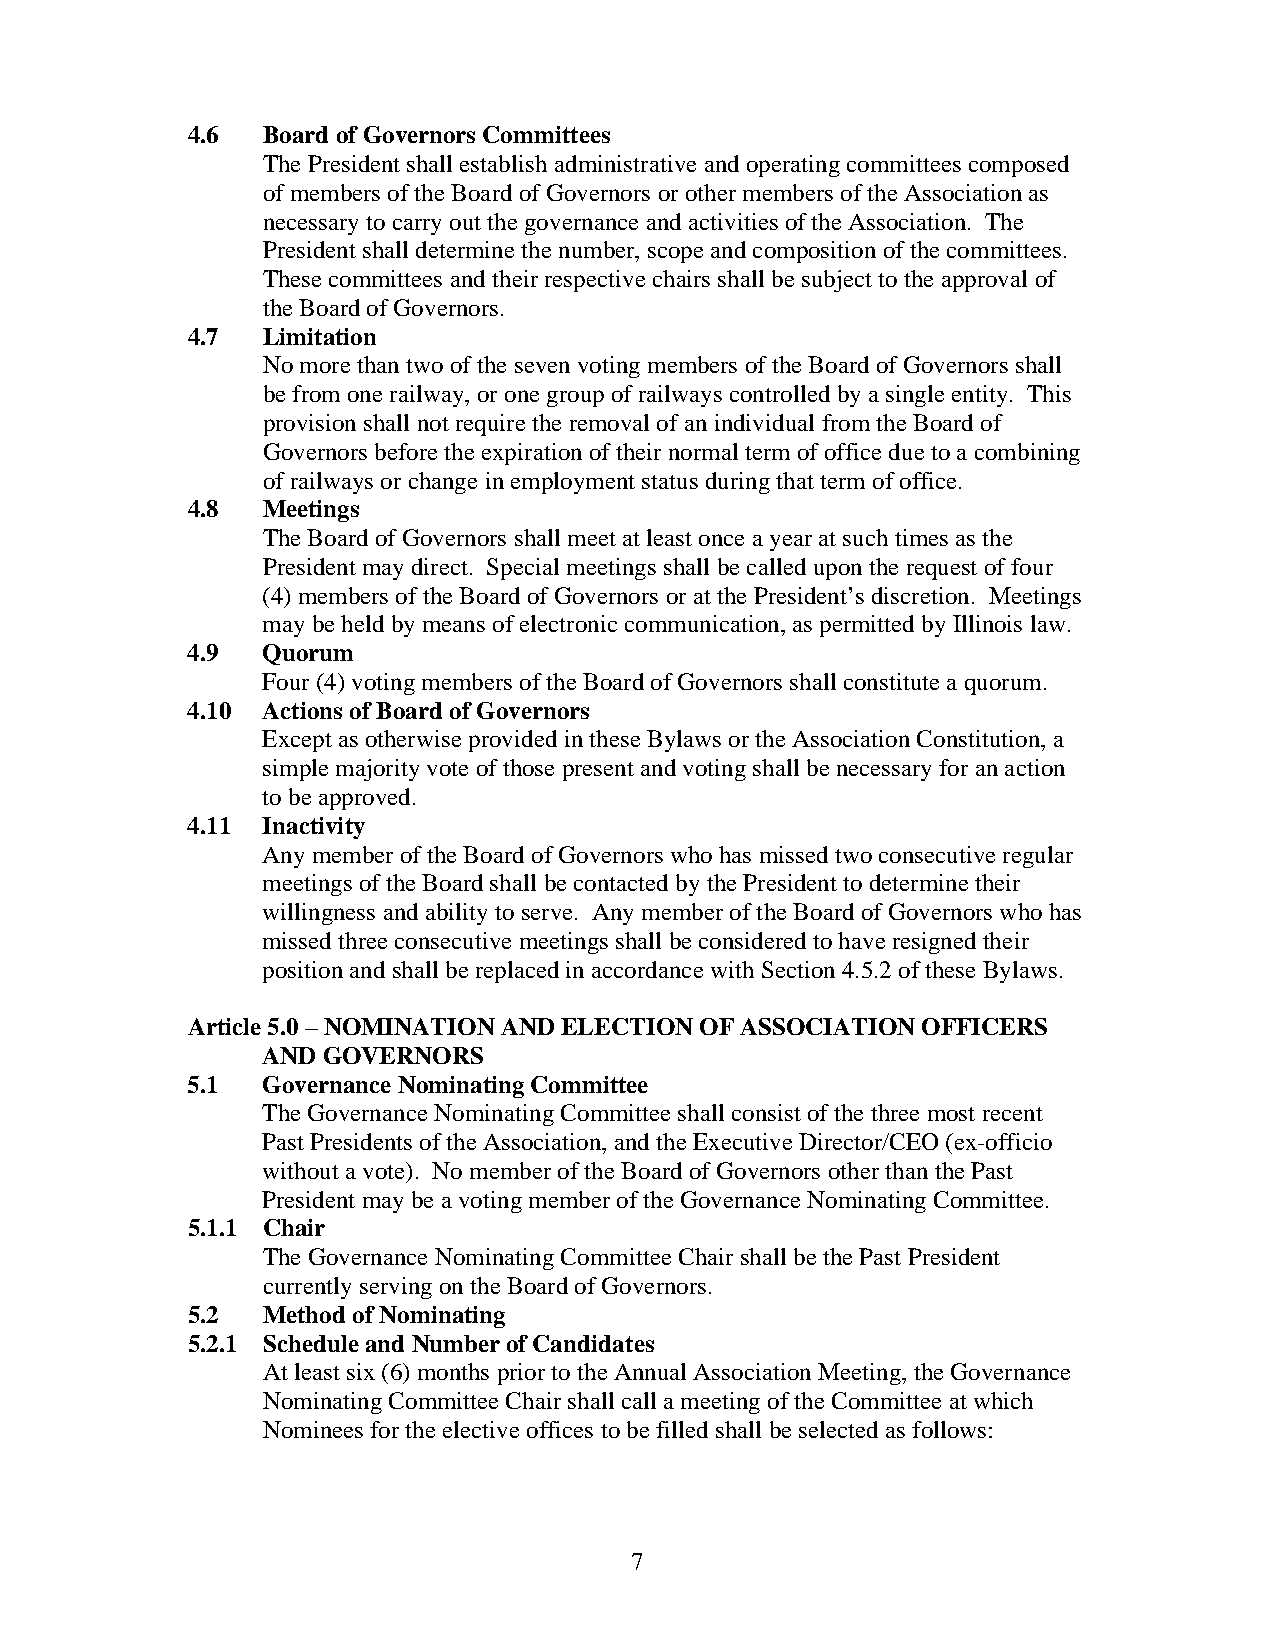
4.6  Board of Governors Committees
 The President shall establish administrative and operating committees composed
 of members of the Board of Governors or other members of the Association as
 necessary to carry out the governance and activities of the Association. The
 President shall determine the number, scope and composition of the committees.
 These committees and their respective chairs shall be subject to the approval of
 the Board of Governors.
 4.7  Limitation
 No more than two of the seven voting members of the Board of Governors shall
 be from one railway, or one group of railways controlled by a single entity. This
 provision shall not require the removal of an individual from the Board of
 Governors before the expiration of their normal term of office due to a combining
 of railways or change in employment status during that term of office.
 4.8  Meetings
 The Board of Governors shall meet at least once a year at such times as the
 President may direct. Special meetings shall be called upon the request of four
 (4) members of the Board of Governors or at the President’s discretion. Meetings
 may be held by means of electronic communication, as permitted by Illinois law.
 4.9  Quorum
 Four (4) voting members of the Board of Governors shall constitute a quorum.
 4.10 Actions of Board of Governors
 Except as otherwise provided in these Bylaws or the Association Constitution, a
 simple majority vote of those present and voting shall be necessary for an action
 to be approved.
 4.11 Inactivity
 Any member of the Board of Governors who has missed two consecutive regular
 meetings of the Board shall be contacted by the President to determine their
 willingness and ability to serve. Any member of the Board of Governors who has
 missed three consecutive meetings shall be considered to have resigned their
 position and shall be replaced in accordance with Section 4.5.2 of these Bylaws.
 Article 5.0 – NOMINATION AND ELECTION OF ASSOCIATION OFFICERS
 AND GOVERNORS
 5.1  Governance Nominating Committee
 The Governance Nominating Committee shall consist of the three most recent
 Past Presidents of the Association, and the Executive Director/CEO (ex-officio
 without a vote). No member of the Board of Governors other than the Past
 President may be a voting member of the Governance Nominating Committee.
 5.1.1 Chair
 The Governance Nominating Committee Chair shall be the Past President
 currently serving on the Board of Governors.
 5.2  Method of Nominating
 5.2.1 Schedule and Number of Candidates
 At least six (6) months prior to the Annual Association Meeting, the Governance
 Nominating Committee Chair shall call a meeting of the Committee at which
 Nominees for the elective offices to be filled shall be selected as follows:
 7